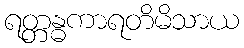
ရတ္တန္ဓကာရတိမိသာယ